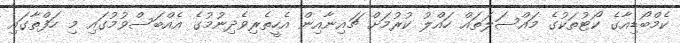
ކެމްބޯޑިއާގެ ކޯޓުތަކުގެ މައްސަލަތައް ހައްލު ކުރުމަށް ޗައިނާއިން އެހީތެރިވެދިނުމުގެ އެއްބަސްވުމުގައި މި ހަފްތާގައި